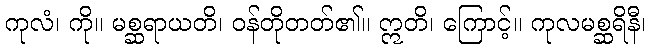
ကုလံ၊ ကို။ မစ္ဆရာယတိ၊ ဝန်တိုတတ်၏။ ဣတိ၊ ကြောင့်။ ကုလမစ္ဆရိနီ၊